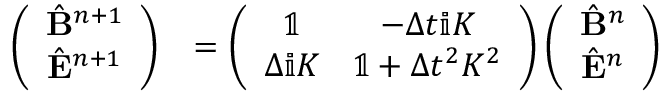
\begin{array} { r l } { \left( \begin{array} { c } { \hat { \mathbf B } ^ { n + 1 } } \\ { \hat { \mathbf E } ^ { n + 1 } } \end{array} \right) } & { = \left( \begin{array} { c c } { \mathbb { 1 } } & { - \Delta t \mathbb { i } K } \\ { \Delta \mathbb { i } K } & { \mathbb { 1 } + \Delta t ^ { 2 } K ^ { 2 } } \end{array} \right) \left( \begin{array} { c } { \hat { \mathbf B } ^ { n } } \\ { \hat { \mathbf E } ^ { n } } \end{array} \right) } \end{array}